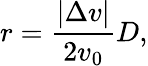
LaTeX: r={\frac{\left|\Delta v\right|}{2v_{0}}}D,